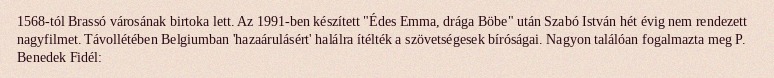
1568-tól Brassó városának birtoka lett. Az 1991-ben készített "Édes Emma, drága Böbe" után Szabó István hét évig nem rendezett nagyfilmet. Távollétében Belgiumban 'hazaárulásért' halálra ítélték a szövetségesek bíróságai. Nagyon találóan fogalmazta meg P. Benedek Fidél: